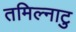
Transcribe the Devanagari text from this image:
तमिल्नाटु